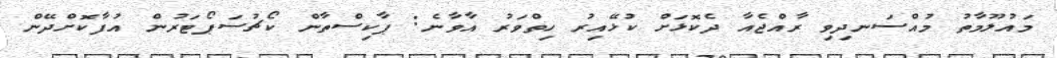
މައުލޫމާތު މުއްސަނދިވި ރާއްޖެއާ ދެކޮޅަށް ކުޅޭއިރު ހިތްވަރު އާވާނެ: ޕާކިސްތާން ކޯޗުސަޕޯޓަރުން އުފާކޮށްދޭން